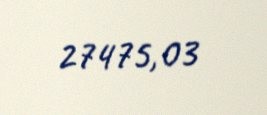
27475,03